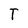
Character: T